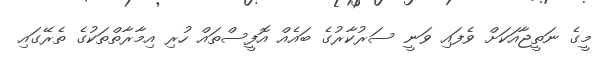
މީގެ ނަތީޖާއަކަށް ވެފައި ވަނީ ސަރުކާރުގެ ބައެއް އޮފީސްތައް ހުރި އިމާރާތްތަކުގެ ތެރޭގައި